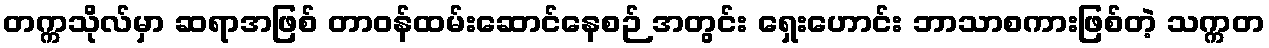
တက္ကသိုလ်မှာ ဆရာအဖြစ် တာဝန်ထမ်းဆောင်နေစဉ် အတွင်း ရှေးဟောင်း ဘာသာစကားဖြစ်တဲ့ သက္ကတ